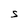
Character: S